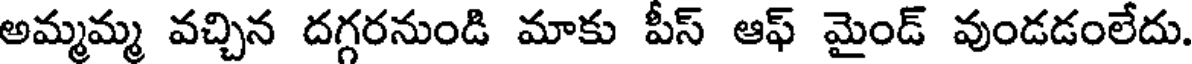
అమ్మమ్మ వచ్చిన దగ్గరనుండి మాకు పీస్ ఆఫ్ మైండ్ వుండడంలేదు.